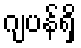
ဂျပန်ရှိ